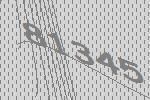
81345